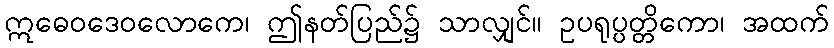
ဣဓေဝဒေဝလောကေ၊ ဤနတ်ပြည်၌ သာလျှင်။ ဥပရုပ္ပတ္တိကော၊ အထက်